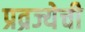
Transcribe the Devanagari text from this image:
प्रव्रज्येची